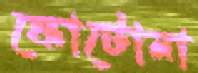
ফোটোনা